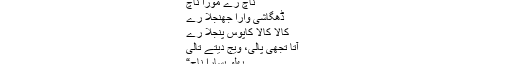
”ناچ رے مور ا امبیا چیا و نات
ناچ رے مورا ناچ
ڈھگاشی وارا جھُنجلا رے
کالا کالا کاپوس پِنجلا رے
آتا تجھی پالی، ویج دیتے تالی
پُھُلوَ پِسارا ناچ“
” اب آپ ہندی میں اسے گایئے مما ۔